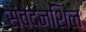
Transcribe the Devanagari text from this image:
संवेदनशिल